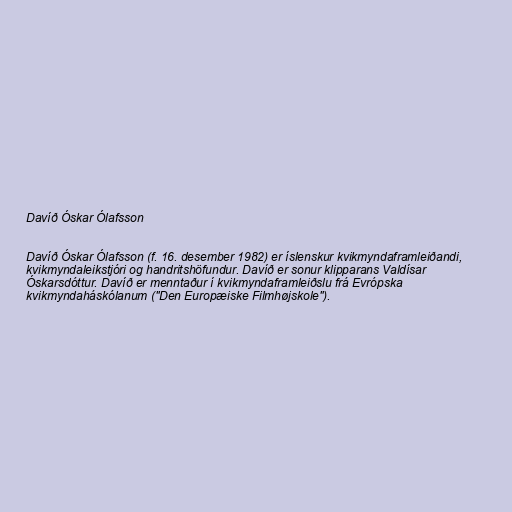
Davíð Óskar Ólafsson

Davíð Óskar Ólafsson (f. 16. desember 1982) er íslenskur kvikmyndaframleiðandi,
kvikmyndaleikstjóri og handritshöfundur. Davíð er sonur klipparans Valdísar
Óskarsdóttur. Davíð er menntaður í kvikmyndaframleiðslu frá Evrópska
kvikmyndaháskólanum ("Den Europæiske Filmhøjskole").